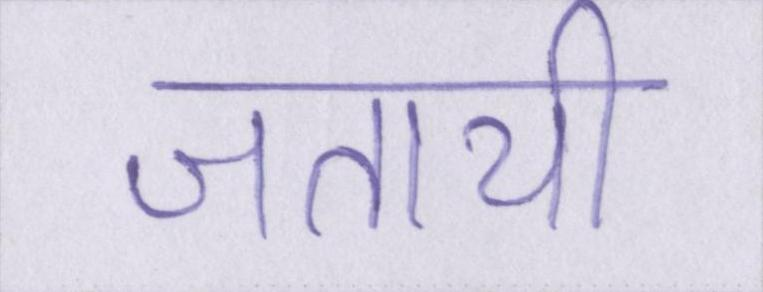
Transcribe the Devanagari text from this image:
जतायी